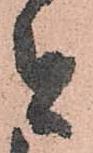
者